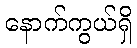
နောက်ကွယ်ရှိ